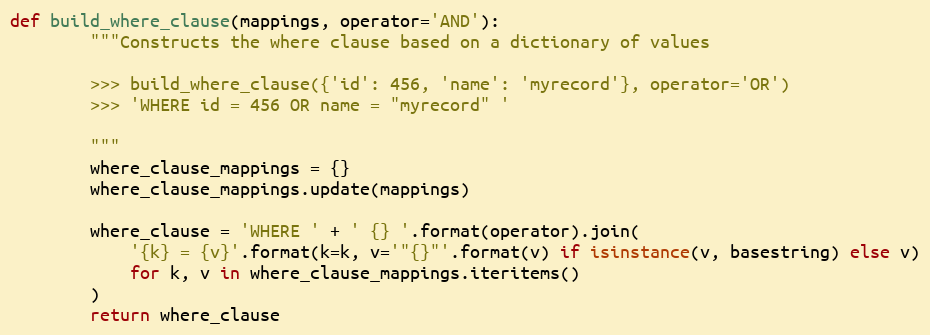
Language: Python
def build_where_clause(mappings, operator='AND'):
        """Constructs the where clause based on a dictionary of values

        >>> build_where_clause({'id': 456, 'name': 'myrecord'}, operator='OR')
        >>> 'WHERE id = 456 OR name = "myrecord" '

        """
        where_clause_mappings = {}
        where_clause_mappings.update(mappings)

        where_clause = 'WHERE ' + ' {} '.format(operator).join(
            '{k} = {v}'.format(k=k, v='"{}"'.format(v) if isinstance(v, basestring) else v)
            for k, v in where_clause_mappings.iteritems()
        )
        return where_clause